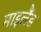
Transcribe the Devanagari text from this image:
माइलैंड